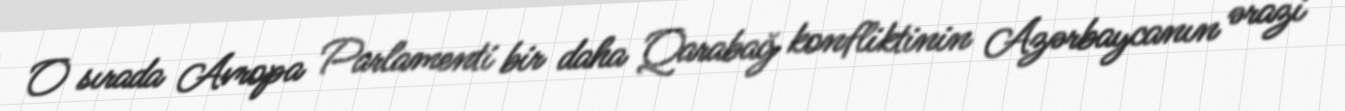
O sırada Avropa Parlamenti bir daha Qarabağ konfliktinin Azərbaycanın ərazi